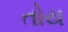
તોય